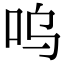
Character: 呜